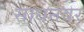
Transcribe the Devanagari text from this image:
साधनेवर